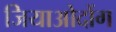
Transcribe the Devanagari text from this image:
जियाओदोंग